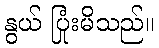
နွယ် ပြုံးမိသည်။